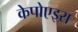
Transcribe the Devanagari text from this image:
केपोएइरा